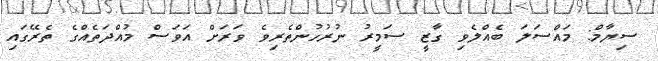
ސިޔާމް: މައްސަލަ ބެއްލެވި ގާޒީ ސަމީރު ނުރުހުންތެރިވެ ވަރަށް އަވަސް މުއްދަތެއްގެ ތެރޭގައި